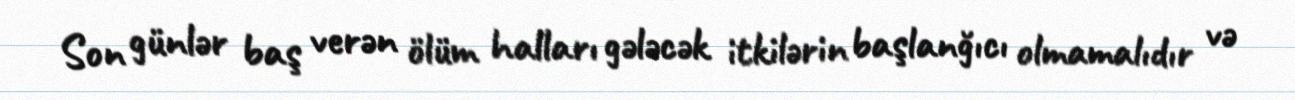
Son günlər baş verən ölüm halları gələcək itkilərin başlanğıcı olmamalıdır və